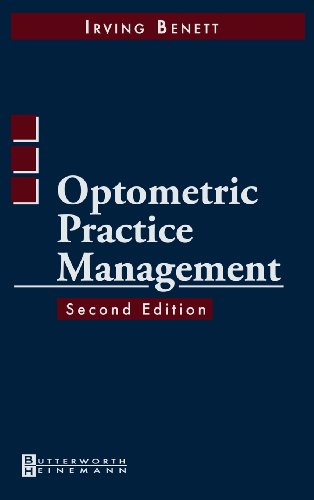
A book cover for Optometric Practice Management, 2e; Irving Bennett OD  FAAO; Medical Books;